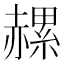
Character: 𧹶